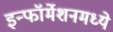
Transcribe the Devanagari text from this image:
इन्फॉर्मेशनमध्ये